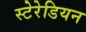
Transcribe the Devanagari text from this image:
स्‍टेरेडियन